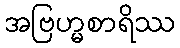
အဗြဟ္မစာရိဿ